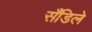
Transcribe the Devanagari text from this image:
सँडिले